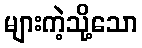
များကဲ့သို့သော